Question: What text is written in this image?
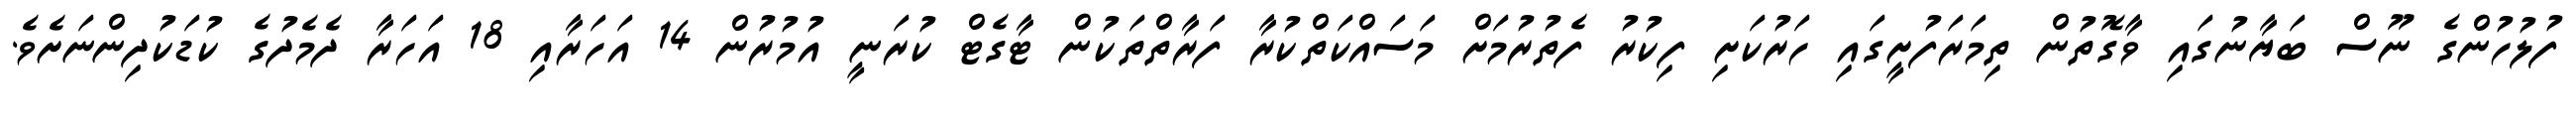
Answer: ފުލުހުންގެ ނޫސް ބަޔާނުގައި ވާގޮތުން ތިމަރަފުށީގައި ހަރުކަށި ފިކުރު ފެތުރުމަށް މަސައްކަތްކުރާ ފަރާތްތަކުން ޓާގެޓް ކުރަނީ އުމުރުން 14 އަހަރާއި 18 އަހަރާ ދެމެދުގެ ކުޑަކުދިންނަށެވެ.